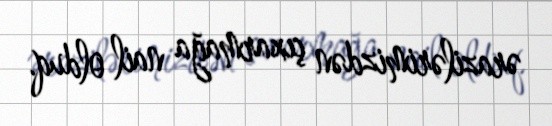
ərazilərimizdən çıxarmağa nail olduq.